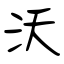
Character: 沃